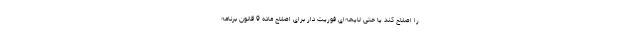
را اصلاح کند یا حتی لایحه‌ای فوریت دار برای اصلاح ماده 9 قانون برنامه